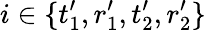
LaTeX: i\in\{ t_{1}^{\prime},r_{1}^{\prime},t_{2}^{\prime},r_{2}^{\prime}\}